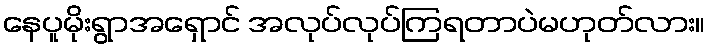
နေပူမိုးရွာအရှောင် အလုပ်လုပ်ကြရတာပဲမဟုတ်လား။